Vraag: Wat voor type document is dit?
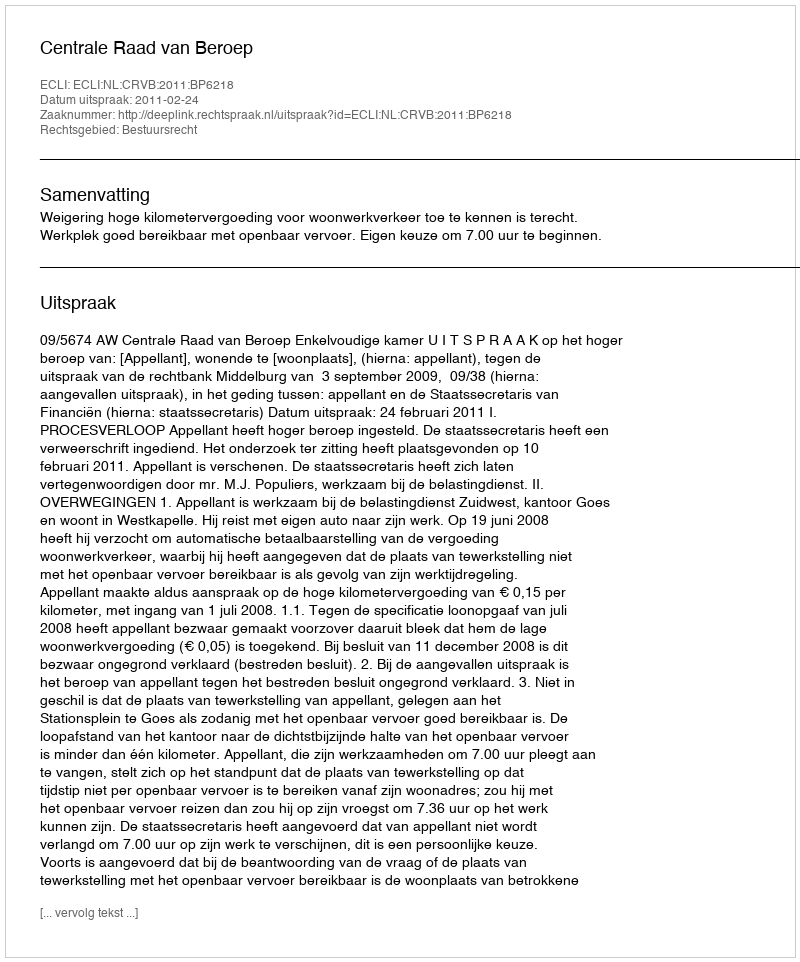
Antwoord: Uitspraak